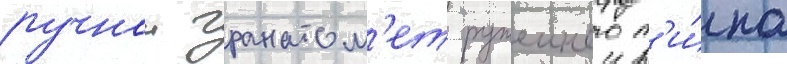
ручнои гранатом'ет ружеиного т'и́па